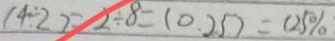
( 4 \div 2 ) = 2 \div 8 = ( 0 . 2 5 ) = ( 2 5 \% )